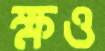
ক্ষও